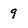
Character: 9